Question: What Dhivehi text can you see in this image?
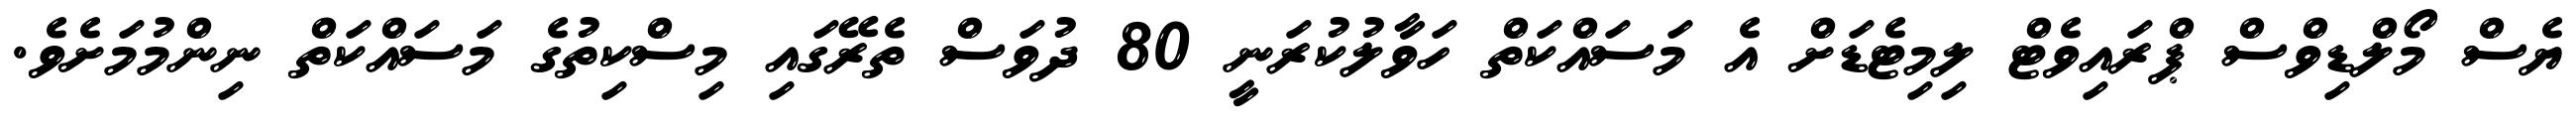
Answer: ޔެސް މޯލްޑިވްސް ޕްރައިވެޓް ލިމިޓެޑަށް އެ މަސައްކަތް ހަވާލުކުރަނީ 80 ދުވަސް ތެރޭގައި މިސްކިތުގެ މަސައްކަތް ނިންމުމަށެވެ.